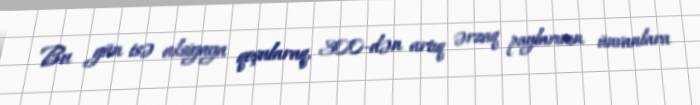
Bu gün isə aksiyaya qoşularaq, 300-dən artıq ərzaq paylarının ünvanlara